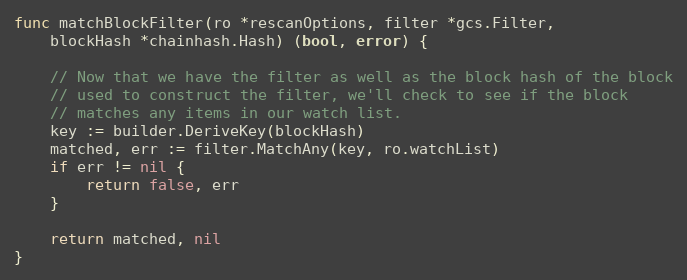
Language: Go
func matchBlockFilter(ro *rescanOptions, filter *gcs.Filter,
	blockHash *chainhash.Hash) (bool, error) {

	// Now that we have the filter as well as the block hash of the block
	// used to construct the filter, we'll check to see if the block
	// matches any items in our watch list.
	key := builder.DeriveKey(blockHash)
	matched, err := filter.MatchAny(key, ro.watchList)
	if err != nil {
		return false, err
	}

	return matched, nil
}